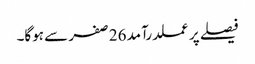
فیصلے پر عملدرآمد 26 صفر سے ہوگا۔